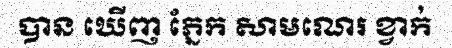
បាន ឃើញ ភ្នែក សាមណេរ ខ្វាក់